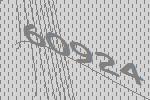
60924